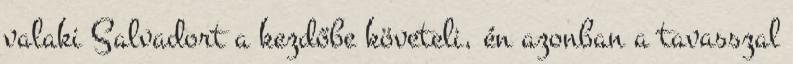
valaki Salvadort a kezdőbe követeli, én azonban a tavasszal